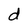
Character: d